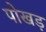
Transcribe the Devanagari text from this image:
पोखड़